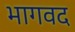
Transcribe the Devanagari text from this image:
भागवद